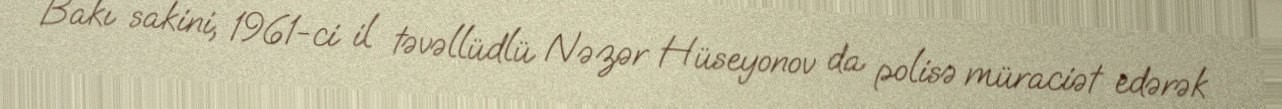
Bakı sakini, 1961-ci il təvəllüdlü Nəzər Hüseyonov da polisə müraciət edərək